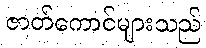
ဇာတ်ကောင်များသည်